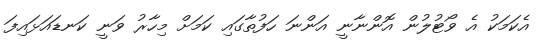
އެކަމަކު އެ ވޯޓުލުން އޮންނާނީ އަންނަ ހަފުތާގައި ކަމަށް މިހާރު ވަނީ ކަނޑައަޅައިފަ